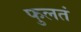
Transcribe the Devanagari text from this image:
फुलतं